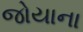
જોયાના